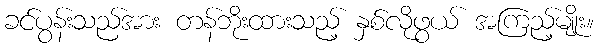
ခင်ပွန်းသည်အား တန်ဘိုးထားသည့် နှစ်လိုဖွယ် အကြည့်မျိုး။